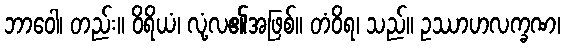
ဘာဝေါ၊ တည်း။ ဝိရိယံ၊ လုံ့လ၏အဖြစ်။ တံဝိရ၊ သည်။ ဥဿာဟလက္ခဏ၊